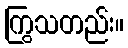
ကြွသတည်း။